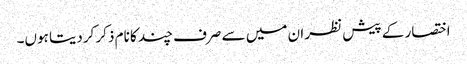
اختصار کے پیش نظر ان میں سے صرف چند کا نام ذکر کردیتا ہوں۔